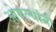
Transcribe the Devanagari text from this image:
ओगल्यांनी